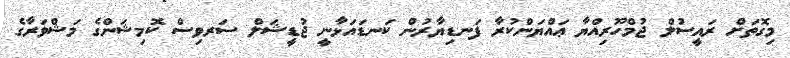
މިގޮތަށް ރައީސުލް ޖުމްހޫރިއްޔާ ޢައްޔަންކުރާ ފަނޑިޔާރުން ކަނޑައަޅާނީ ޖުޑީޝަލް ސަރވިސް ކޮމިޝަންގެ މަޝްވަރާގެ